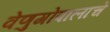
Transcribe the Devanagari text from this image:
वेणुगोपालाचे